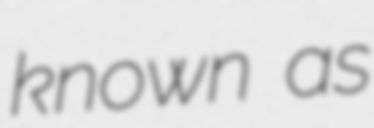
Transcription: known as